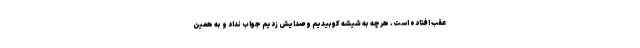
عقب افتاده است. هرچه به شیشه کوبیدیم و صدایش زدیم جواب نداد و به همین